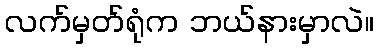
လက်မှတ်ရုံက ဘယ်နားမှာလဲ။